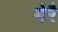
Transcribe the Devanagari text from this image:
मेरै